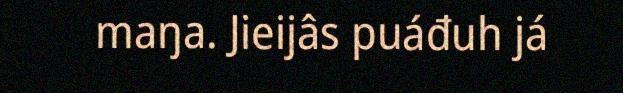
maŋa. Jieijâs puáđuh já